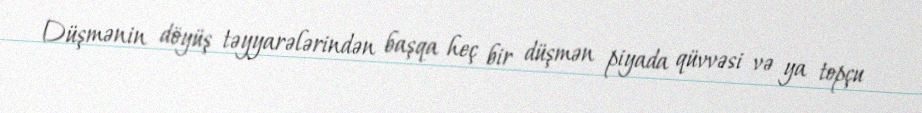
Düşmənin döyüş təyyarələrindən başqa heç bir düşmən piyada qüvvəsi və ya topçu